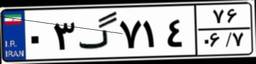
۰۳گ۷۱۴۷۶